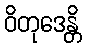
ဝိတုဒေန္တိ